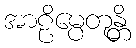
အာဠိမ္ပေတုန္တိ